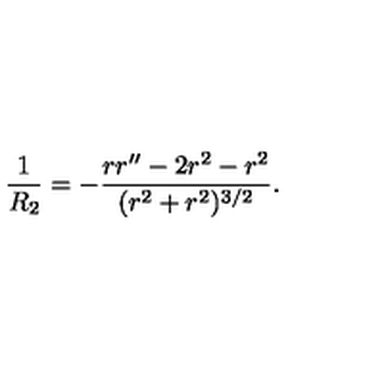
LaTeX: \frac { 1 } { R _ { 2 } } = - \frac { r r ^ { \prime \prime } - 2 r ^ { 2 } - r ^ { 2 } } { ( r ^ { 2 } + r ^ { 2 } ) ^ { 3 / 2 } } . \nonumber